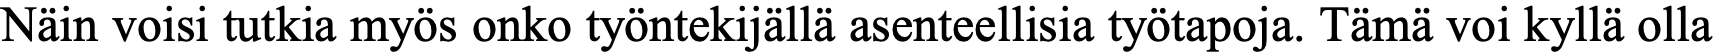
Näin voisi tutkia myös onko työntekijällä asenteellisia työtapoja. Tämä voi kyllä olla